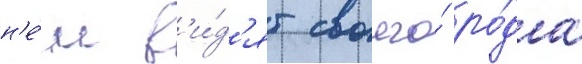
н'е́м в'и́д'ят своего́ ро́да